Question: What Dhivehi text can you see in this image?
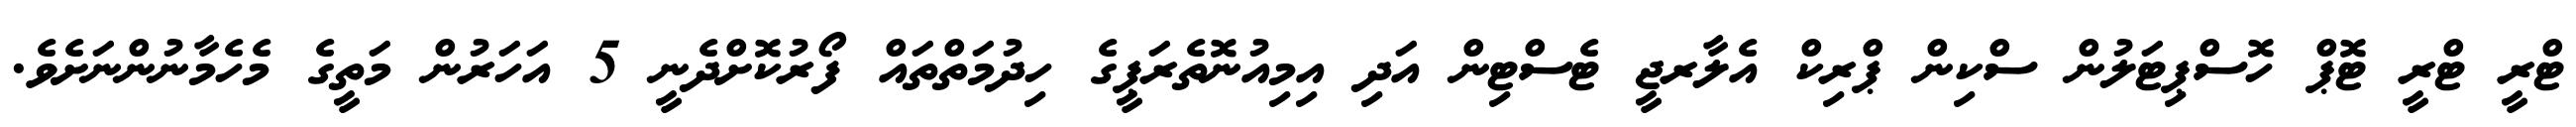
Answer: ޓްރީ ޓްރީ ޓޮޕް ހޮސްޕިޓަލުން ސްކިން ޕްރިކް އެލާރޖީ ޓެސްޓިން އަދި އިމިއުނޮތެރަޕީގެ ހިދުމަތްތައް ފޯރުކޮށްދެނީ 5 އަހަރުން މަތީގެ މެހެމާނުންނަށެވެ.